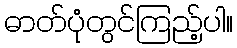
ဓာတ်ပုံတွင်ကြည့်ပါ။